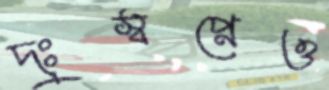
দুঃস্বপ্নেও